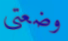
وضعتي